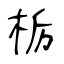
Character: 栃